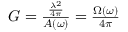
\begin{array} { r } { G = \frac { \frac { \lambda ^ { 2 } } { 4 \pi } } { A ( \omega ) } = \frac { \Omega ( \omega ) } { 4 \pi } } \end{array}